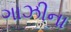
ગાઝીના